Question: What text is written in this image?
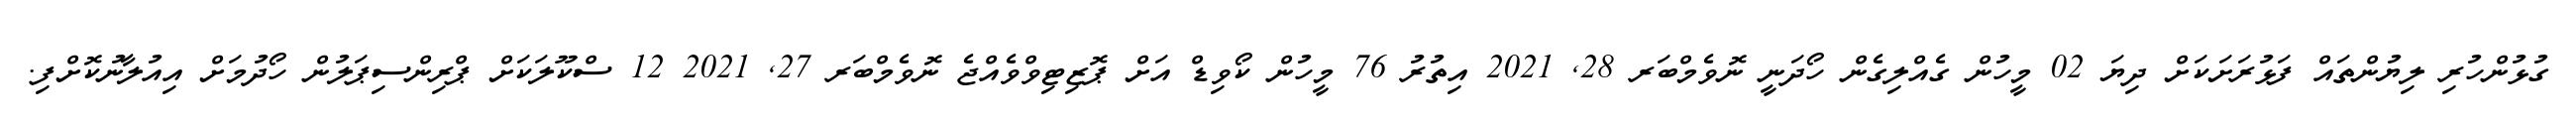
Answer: ގުޅުންހުރި ލިޔުންތައް ފަޅުރަށަކަށް ދިޔަ 02 މީހުން ގެއްލިގެން ހޯދަނީ ނޮވެމްބަރ 28, 2021 އިތުރު 76 މީހުން ކޯވިޑް އަށް ޕޮޒިޓިވްވެއްޖެ ނޮވެމްބަރ 27, 2021 12 ސްކޫލަކަށް ޕްރިންސިޕަލުން ހޯދުމަށް އިއުލާނުކޮށްފި.